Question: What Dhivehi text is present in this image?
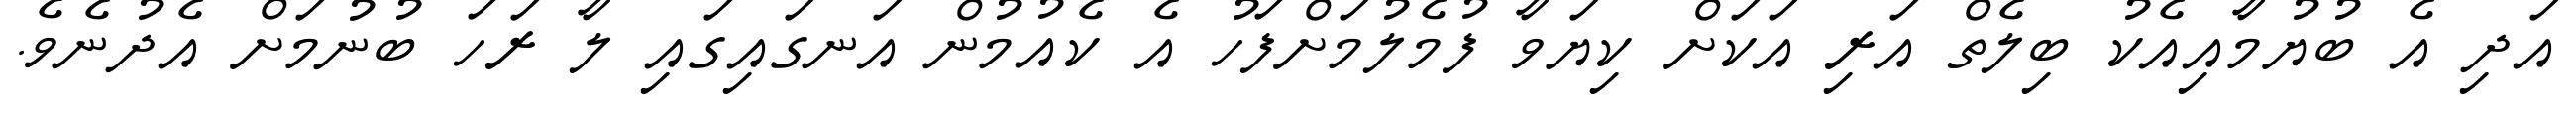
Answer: އަދި އެ ބުޔުމާއިއެކު ބިލެތް އަރި އަކަށް ކިޔަވާ ފުމެލުމަށްފަހު އެ ކެއުމުން އަނގައިގައި ލާ ރަހަ ބުނުމަށް އެދުނެވެ.